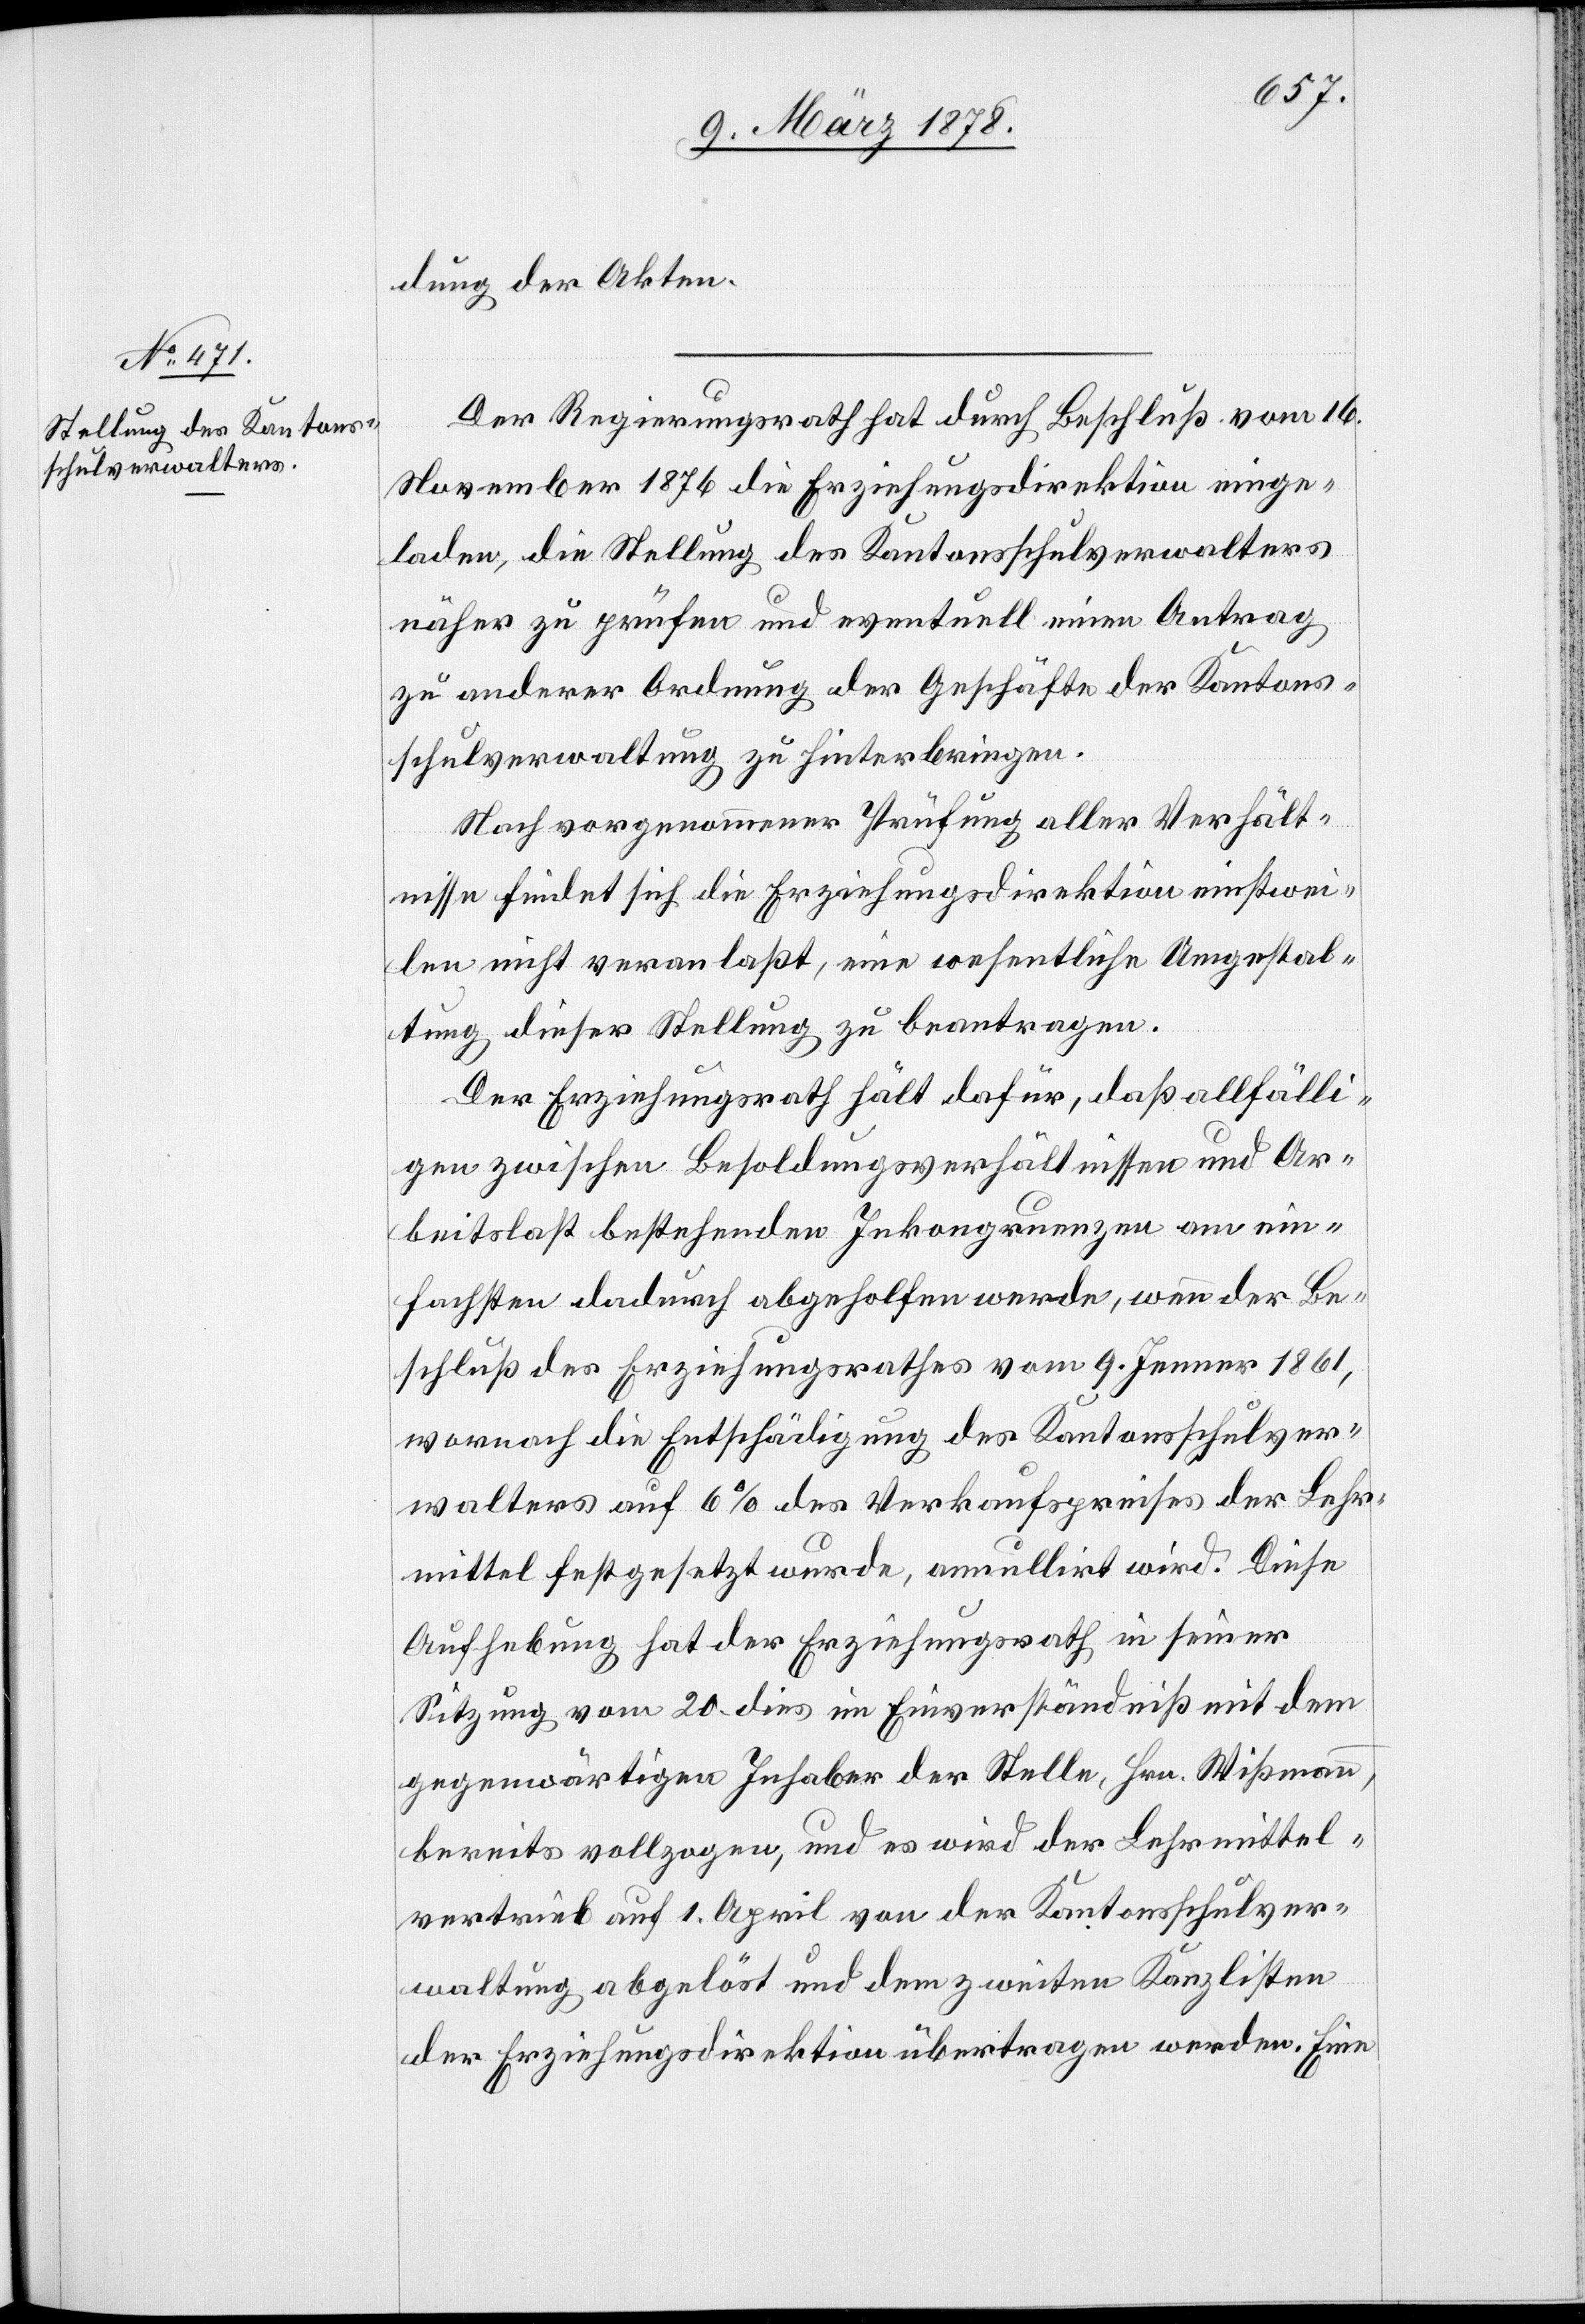
dung der Akten.
Der Regierungsrath hat durch Beschluß vom 16.
November 1876 die Erziehungsdirektion einge¬
laden, die Stellung des Kantonsschulverwalters
näher zu prüfen und eventuell einen Antrag
zu anderer Ordnung der Geschäfte der Kantons¬
schulverwaltung zu hinterbringen.
Nach vorgenommener Prüfung aller Verhält¬
nisse findet sich die Erziehungsdirektion einstwei¬
len nicht veranlaßt, eine wesentliche Umgestal¬
tung dieser Stellung zu beantragen.
Der Erziehungsrath hält dafür, daß allfälli¬
gen zwischen Besoldungsverhältnissen und Ar¬
beitslast bestehenden Inkongruenzen am ein¬
fachsten dadurch abgeholfen werde, wenn der Be¬
schluß des Erziehungsrathes vom 9. Jenner 1861,
wornach die Entschädigung des Kantonsschulver¬
walters auf 6% des Verkaufspreises der Lehr¬
mittel festgesetzt wurde, annullirt wird. Diese
Aufhebung hat der Erziehungsrath in seiner
Sitzung vom 20. dies im Einverständniß mit dem
gegenwärtigen Inhaber der Stelle, Hrn. Wissmann,
bereits vollzogen, und es wird der Lehrmittel¬
vertrieb auf 1. April von der Kantonsschulver¬
waltung abgelöst und dem zweiten Kanzlisten
der Erziehungsdirektion übertragen werden. Eine